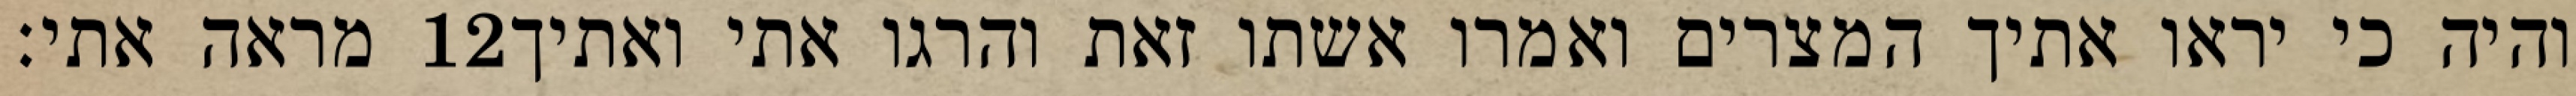
מראה אתי׃ ‎12‏ והיה כי יראו אתיך המצרים ואמרו אשתו זאת והרגו אתי ואתיך